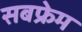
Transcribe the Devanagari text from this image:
सबफ्रेम